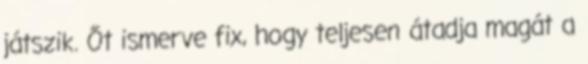
játszik. Őt ismerve fix, hogy teljesen átadja magát a